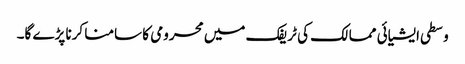
وسطی ایشیائی ممالک کی ٹریفک میں محرومی کا سامنا کرنا پڑے گا۔